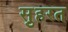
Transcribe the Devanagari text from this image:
स़ुहरत